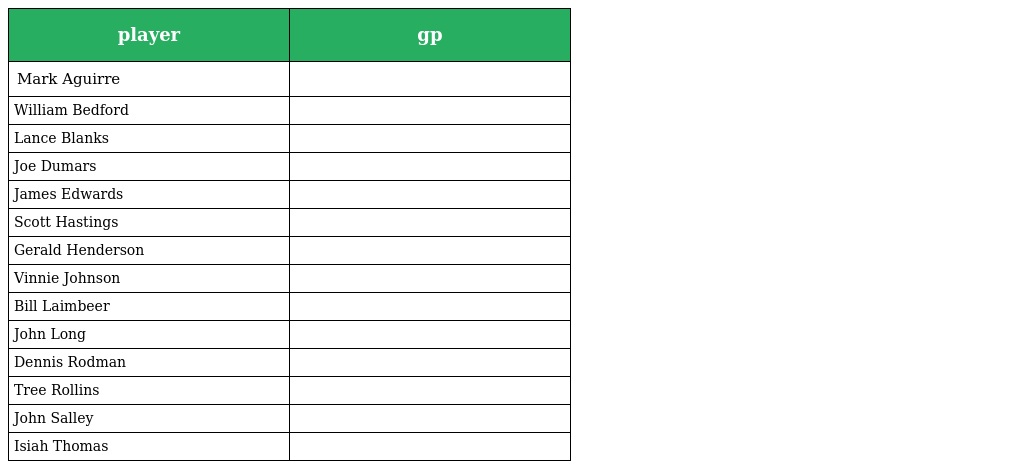
| player | gp |
 | --- | --- |
 | Mark Aguirre |  |
 | William Bedford |  |
 | Lance Blanks |  |
 | Joe Dumars |  |
 | James Edwards |  |
 | Scott Hastings |  |
 | Gerald Henderson |  |
 | Vinnie Johnson |  |
 | Bill Laimbeer |  |
 | John Long |  |
 | Dennis Rodman |  |
 | Tree Rollins |  |
 | John Salley |  |
 | Isiah Thomas |  |